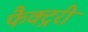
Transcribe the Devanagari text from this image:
फैक्ट्ररी